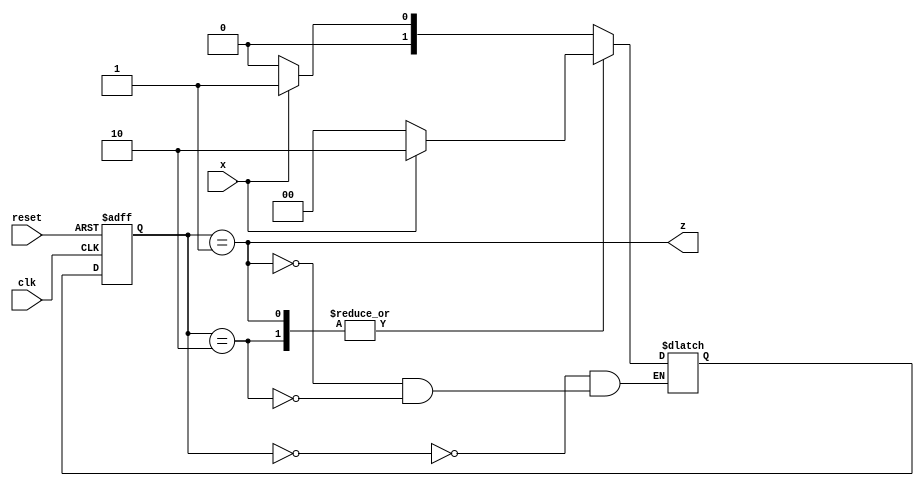
`timescale 1ns / 1ps

module rising_edge (input clk, reset, x, output z);

reg [1:0] current_state, next_state; 

parameter [1:0] S0 = 2'b00, S1 = 2'b01, S2 = 2'b10;

always @(x, current_state)
    
    case (current_state)
        S0: if(x) next_state = S1;
      else next_state = S0;

        S1: if(x) next_state = S2;
    else next_state = S0;
 
        S2: if(x) next_state = S2;
    else next_state = S0;
    endcase 
        

always @(posedge clk, posedge reset)
begin
    if(reset) current_state <= S0;
    else current_state <= next_state;
end


assign z = (current_state == S1);

endmodule


/*
module lock(input clk, reset, a, b, c, d, output [6:0] e);

wire z;
wire [3:0] s;
wire [3:0] m;
wire [3:0] n;
syncho(clk, a, s[0]);
syncho(clk, b, s[1]);
syncho(clk, c, s[2]);
syncho(clk, d, s[3]);

debouncer(clk, s[0], m[0]);
debouncer(clk, s[1], m[1]);
debouncer(clk, s[2], m[2]);
debouncer(clk, s[3], m[3]);

transition (clk, reset, m[0], n[0]);
transition (clk, reset, m[1], n[1]);
transition (clk, reset, m[2], n[2]);
transition (clk, reset, m[3], n[3]);

FSM(clk, rst, n[0],n[1],n[2],n[3], z);

assign e=(z)? 7'b1110001:7'b1000001;
    
   
endmodule







module FSM(input clk, rst, a, b, c, d, output z);

reg [2:0] st, nst;
parameter  S0 = 3'd0, S1 = 3'd1, S2 = 3'd2, S3 = 3'd3, S4 = 3'd4;

always @(a, b, c, d, st)
begin 
        case (st)
        S0: if(a==1) nst = S1;
        else nst = S0;
        
         S1: if(b==1) nst = S2;
               else if (a==1) nst = S1;
               else if(!a&!b&!c&!d) nst=S1;
               else nst = S0;
               
         S2: if(c==1) nst = S3;
             else if (a==1) nst = S1;
             else if(!a&!b&!c&!d) nst=S2;
             else nst = S0;        
        
         S3: if(d==1)  nst = S4;
           else if (a==1) nst = S1;
           else if(!a&!b&!c&!d) nst=S3;
           else nst = S0;       
           
          S4:  if (!a&!b&!c&!d) nst=S4;
          else nst = S0;
          
          
          default: nst = S0;
endcase
end

always @(posedge clk, posedge rst)
begin
    if(rst)
        st<=0;
    else
        st <= nst;

end

assign z = (st==S4)? 0:1;

endmodule


*/